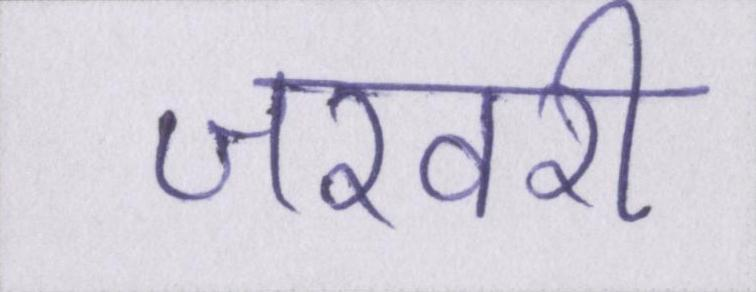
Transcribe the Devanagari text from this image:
जरवरी